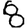
Digit: 8